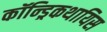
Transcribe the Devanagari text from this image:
कॉन्ड्रिकथायिस